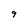
Character: 9